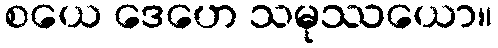
စယေ ဒေဟေ သမုဿယော။